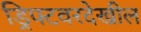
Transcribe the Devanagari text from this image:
ड्रिफ्टवरदेखील